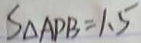
S _ { \Delta A P B } = 1 . 5